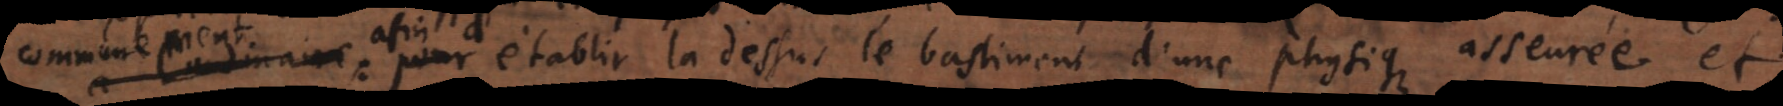
communement: afin d’etablir là dessus le bastiment d’une physique asseurée et